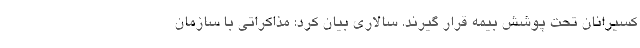
کسیرانان تحت پوشش بیمه قرار گیرند. سالاری بیان کرد: مذاکراتی با سازمان